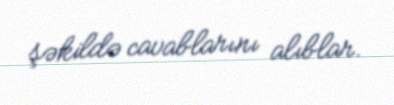
şəkildə cavablarını alıblar.